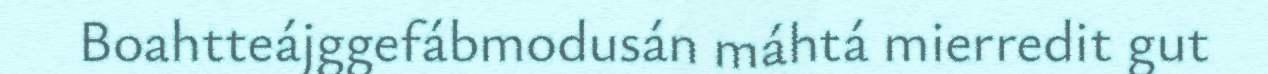
Boahtteájggefábmodusán máhtá mierredit gut